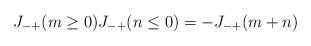
LaTeX: \begin{align*}J_{-+}(m\ge 0)J_{-+}(n \le 0) = -J_{-+}(m+n)\end{align*}